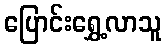
ပြောင်းရွှေ့လာသူ